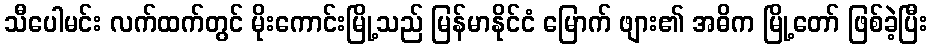
သီပေါမင်း လက်ထက်တွင် မိုးကောင်းမြို့သည် မြန်မာနိုင်ငံ မြောက် ဖျား၏ အဓိက မြို့တော် ဖြစ်ခဲ့ပြီး